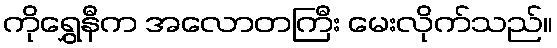
ကိုရွှေနီက အလောတကြီး မေးလိုက်သည်။